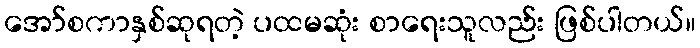
အော်စကာနှစ်ဆုရတဲ့ ပထမဆုံး စာရေးသူလည်း ဖြစ်ပါတယ်။